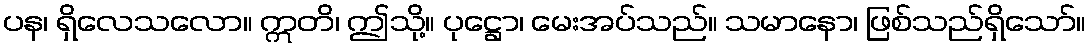
ပန၊ ရှိလေသလော။ ဣတိ၊ ဤသို့။ ပုဋ္ဌော၊ မေးအပ်သည်။ သမာနော၊ ဖြစ်သည်ရှိသော်။